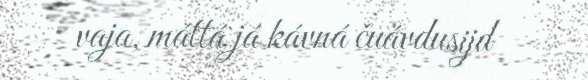
vaja, máttá já kávná čuávdusijd